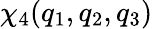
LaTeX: \chi_{4}(q_{1},q_{2},q_{3})